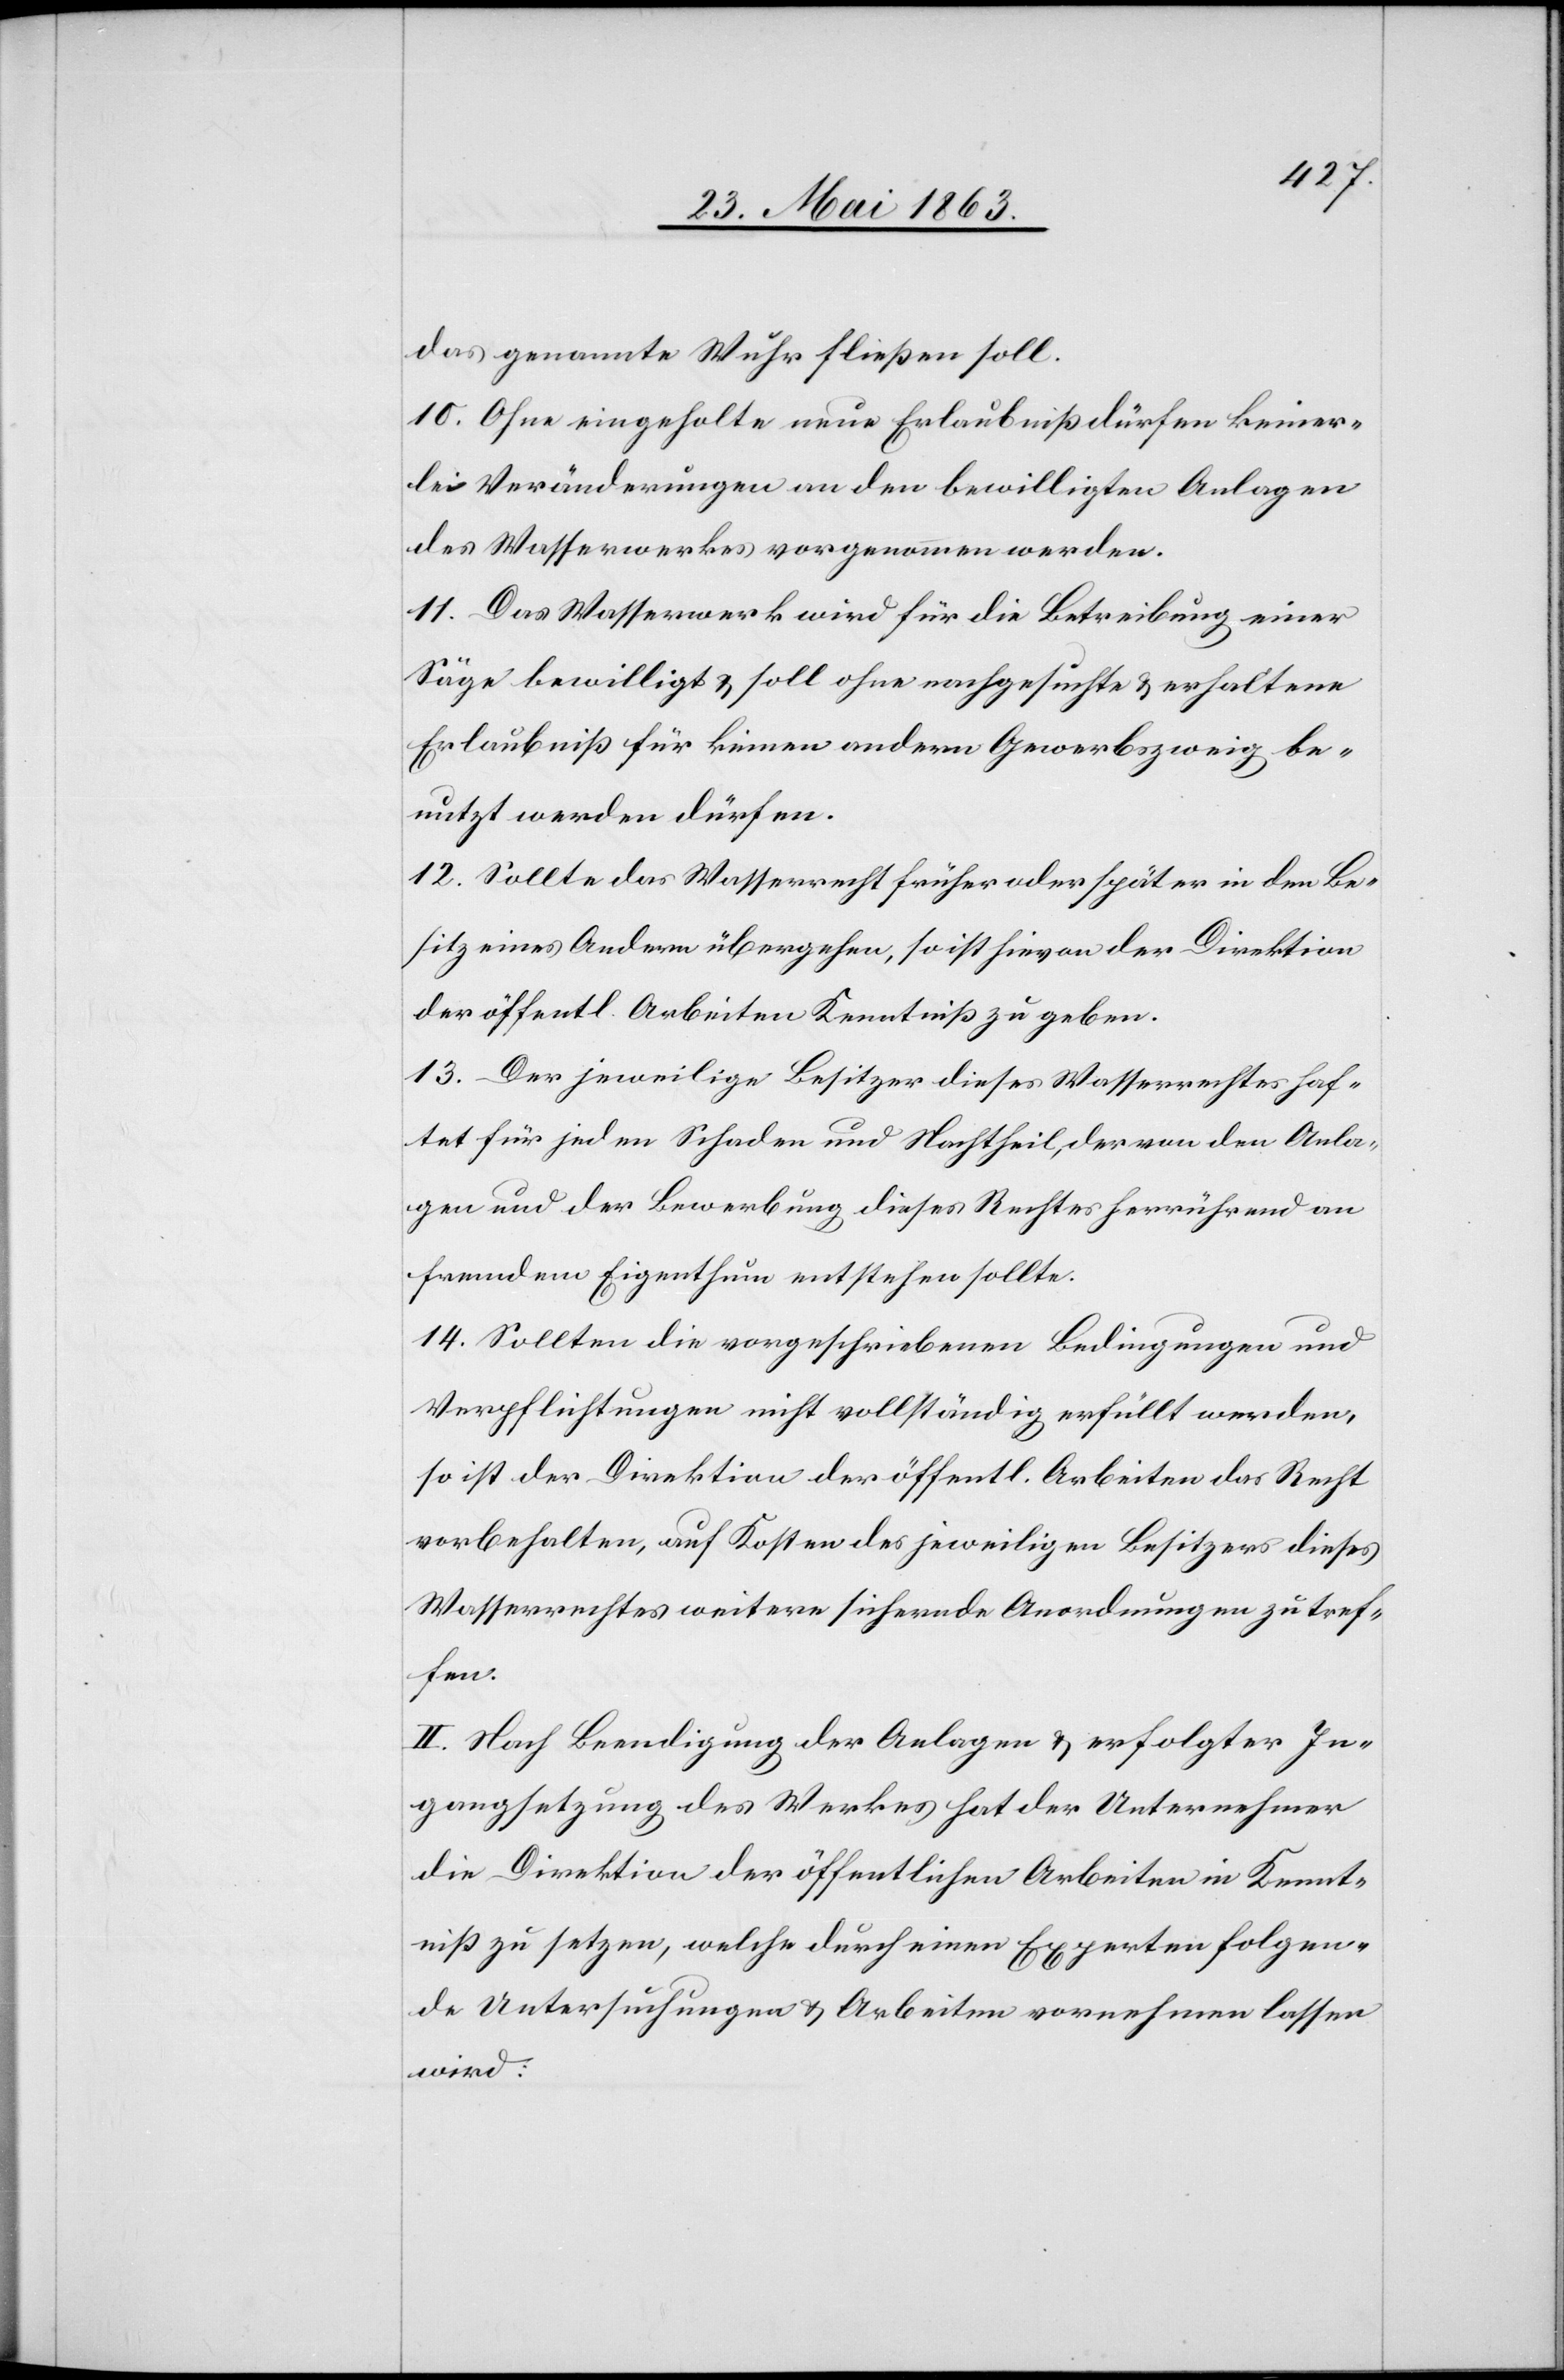
das genannte Wuhr fließen soll.
10. Ohne eingeholte neue Erlaubniß dürfen keiner¬
lei Veränderungen an den bewilligten Anlangen
des Wasserwerkes vorgenommen werden.
11. Das Wasserwerk wird für die Betreibung einer
Säge bewilligt & soll ohne nachgesuchte & erhaltene
Erlaubniß für keinen andern Gewerbszweig be¬
nutzt werden dürfen.
12. Sollte das Wasserrecht früher oder später in den Be¬
sitz eines Andern übergehen, so ist hievon der Direktion
der öffentl. Arbeiten Kenntniß zu geben.
13. Der jeweilige Besitzer dieses Wasserrechtes haf¬
tet für jeden Schaden und Nachtheil, der von den Anla¬
gen und der Bewerbung dieses Rechtes herrührend an
fremdem Eigenthum entstehen sollte.
14. Sollten die vorgeschriebenen Bedingungen und
Verpflichtungen nicht vollständig erfüllt werden,
so ist der Direktion der öffentl. Arbeiten das Recht
vorbehalten, auf Kosten des jeweiligen Besitzers dieses
Wasserrechtes weitere sichernde Anordnungen zu tref¬
fen.
II. Nach Beendigung der Anlagen & erfolgter In¬
gangsetzung des Werkes hat der Unternehmer
die Direktion der öffentlichen Arbeiten in Kennt¬
niß zu setzen, welche durch einen Experten folgen¬
de Untersuchungen & Arbeiten vornehmen lassen
wird: